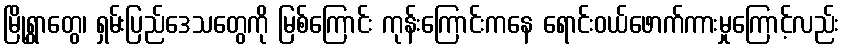
မြို့ရွာတွေ၊ ရှမ်းပြည်ဒေသတွေကို မြစ်ကြောင်း ကုန်းကြောင်းကနေ ရောင်းဝယ်ဖောက်ကားမှုကြောင့်လည်း